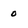
Character: 0